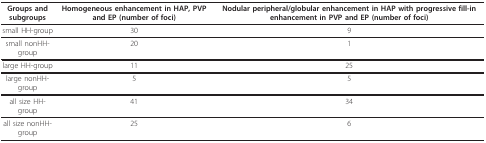
<table><thead><tr><td><b>Groups and subgroups</b></td><td><b>Homogeneous enhancement in HAP, PVP and EP (number of foci)</b></td><td><b>Nodular peripheral/globular enhancement in HAP with progressive fill-in enhancement in PVP and EP (number of foci)</b></td></tr></thead><tbody><tr><td>small HH-group</td><td>30</td><td>9</td></tr><tr><td>small nonHH-group</td><td>20</td><td>1</td></tr><tr><td>large HH-group</td><td>11</td><td>25</td></tr><tr><td>large nonHH-group</td><td>5</td><td>5</td></tr><tr><td>all size HH-group</td><td>41</td><td>34</td></tr><tr><td>all size nonHH-group</td><td>25</td><td>6</td></tr></tbody></table>